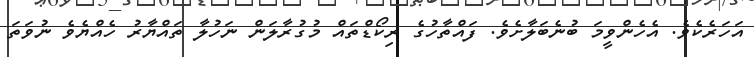
އަހަރެކެވެ. އެހެންވީމަ ބުނެބަލާށެވެ. ފައްތާހުގެ ރިކޯޑްތައް މުގުރާލަން ނަހުލާ ތައްޔާރު ހެއްޔެވެ ނުވަތަ